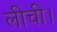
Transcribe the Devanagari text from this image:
लीची।